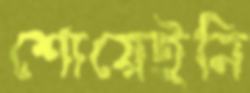
শোয়েইনি